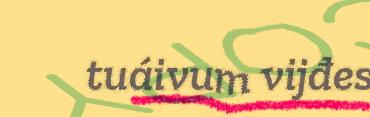
tuáivum vijđes